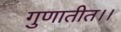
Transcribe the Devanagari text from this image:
गुणातीत।।